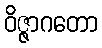
ဝိဇ္ဇာဂတော